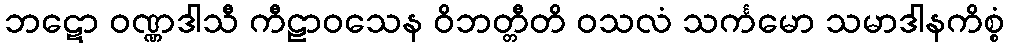
ဘဋော ဝဏ္ဏဒါသီ ကီဠာဝသေန ဝိဘတ္တီတိ ဝသလံ သင်္ကမော သမာဒါနကိစ္စံ